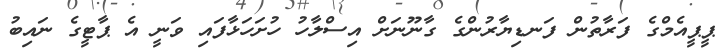
ޕީޕީއެމްގެ ފަރާތުން ފަނޑިޔާރުންގެ ގާނޫނަށް އިސްލާހު ހުށަހަޅާފައި ވަނީ އެ ޕާޓީގެ ނައިބު